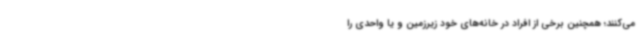
می‌کنند؛ همچنین برخی از افراد در خانه‌های خود زیرزمین و یا واحدی را